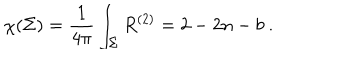
\chi ( \Sigma ) = \frac { 1 } { 4 \pi } \int _ { \Sigma } R ^ { ( 2 ) } = 2 - 2 n - b \ .